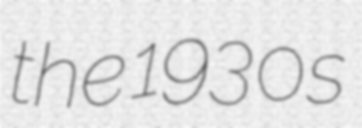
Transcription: the 1930s